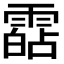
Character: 𩄷